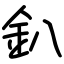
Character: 釟